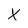
Character: X